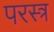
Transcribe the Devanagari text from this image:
परस्त्र